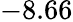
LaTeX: -8.66